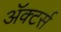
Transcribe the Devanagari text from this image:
ॲक्टर्स